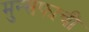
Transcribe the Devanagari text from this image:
मुन्सफाची